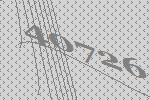
40726